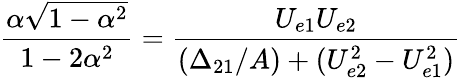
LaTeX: \frac{\alpha\sqrt{1-\alpha^{2}}}{1-2\alpha^{2}}=\frac{U_{e1}U_{e2}}{(\Delta_{21}/A)+(U_{e2}^{2}-U_{e1}^{2})}